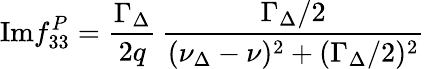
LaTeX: \mathrm{Im}f_{33}^{P}=\frac{\Gamma_{\Delta}}{2q}\, \frac{\Gamma_{\Delta}/2}{(\nu_{\Delta}-\nu)^{2}+(\Gamma_{\Delta}/2)^{2}}